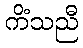
ကိံသညီ